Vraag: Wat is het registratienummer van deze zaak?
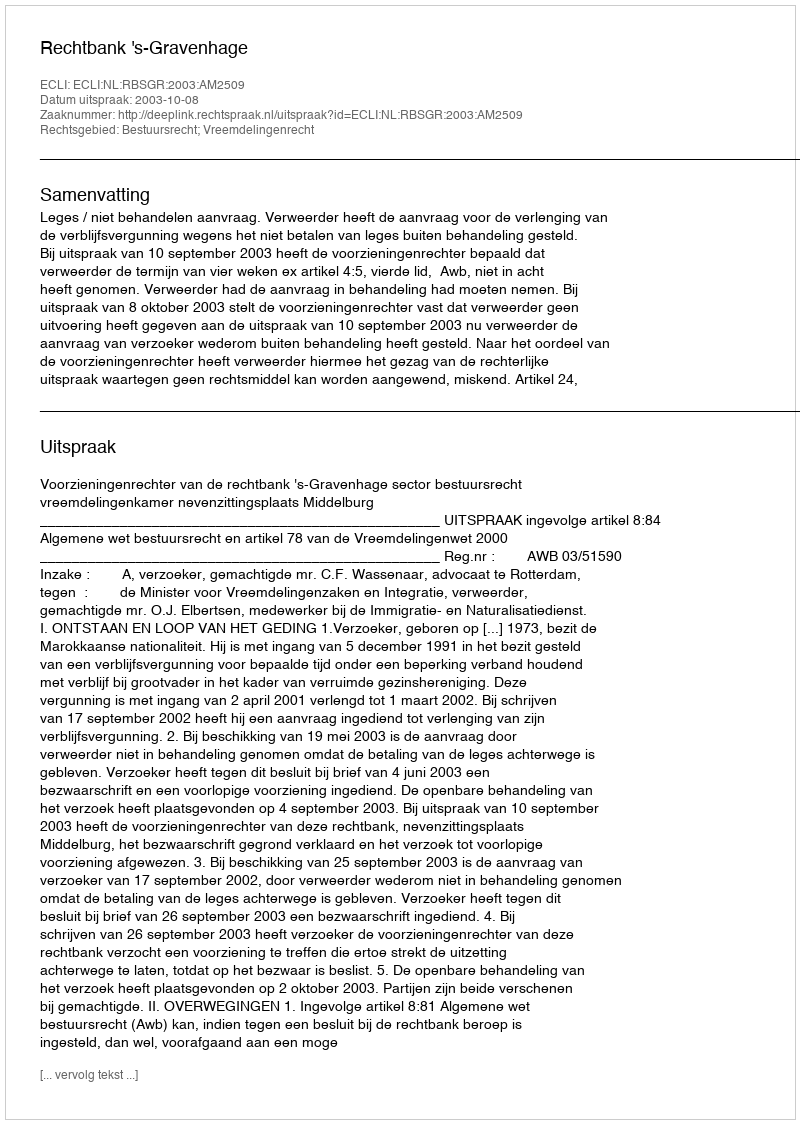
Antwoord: http://deeplink.rechtspraak.nl/uitspraak?id=ECLI:NL:RBSGR:2003:AM2509